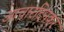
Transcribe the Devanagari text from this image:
आचारदिनकर